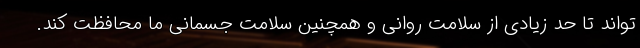
تواند تا حد زیادی از سلامت روانی و همچنین سلامت جسمانی ما محافظت کند.